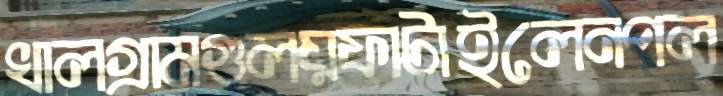
খালগ্রামগুলয়ফাটাইলেনপল